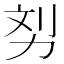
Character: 𠡖